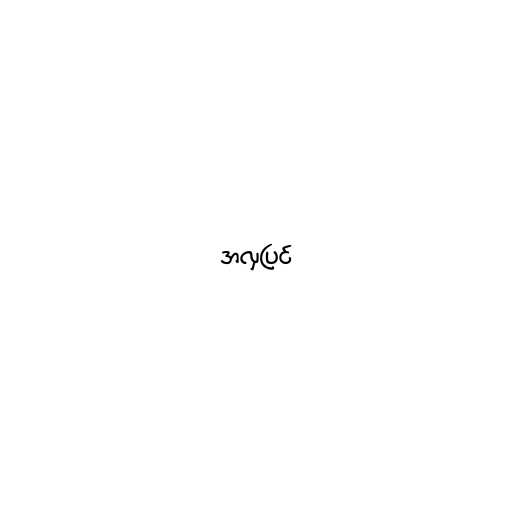
အလှပြင်